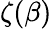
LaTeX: \zeta(\beta)